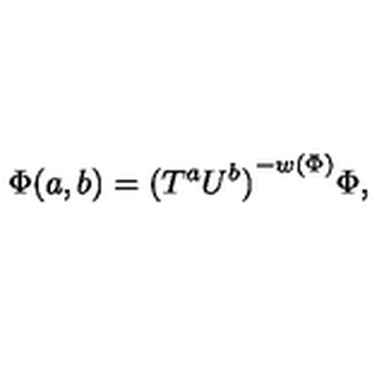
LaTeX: { \Phi } ( a , b ) = { ( T ^ { a } U ^ { b } ) } ^ { - w ( \Phi ) } { \Phi } ,